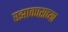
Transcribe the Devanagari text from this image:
रझाकाराच्या